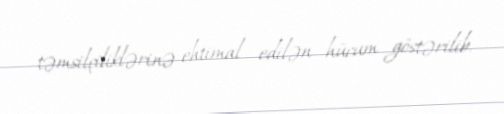
təmsilçiliklərinə ehtimal edilən hücum göstərilib.